Report on vaccination for the Province of Oudh 1871 -
Year: 1871
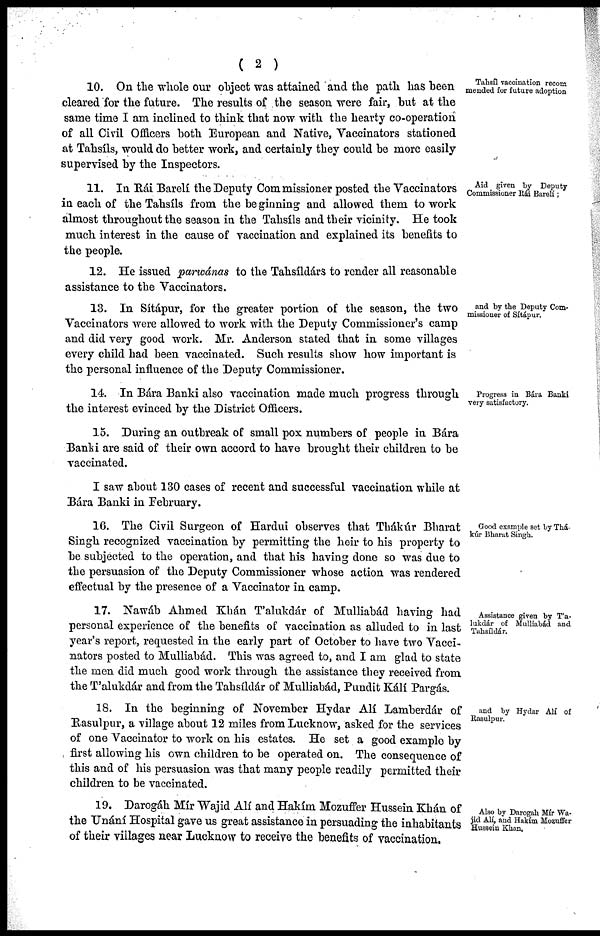
( 2 )
Talisíl vaccination recom
mended for future adoption
10. On the whole our object was attained and the path has been
cleared for the future. The results of the season were fair, but at the
same time I am inclined to think that now with the hearty co-operation
of all Civil Officers both European and Native, Vaccinators stationed
at Tahsíls, would do better work, and certainly they could be more easily
supervised by the Inspectors.
Aid given by Deputy
Commissioner Rái Barelí;
11. In Rái Barelí the Deputy Commissioner posted the Vaccinators
in each of the Tahsíls from the beginning and allowed them to work
almost throughout the season in the Tahsíls and their vicinity. He took
much interest in the cause of vaccination and explained its benefits to
the people.
12. He issued parwánas to the Tahsíldárs to render all reasonable
assistance to the Vaccinators.
and by the Deputy Com-
missioner of Sítápur.
13. In Sítápur, for the greater portion of the season, the two
Vaccinators were allowed to work with the Deputy Commissioner's camp
and did very good work. Mr. Anderson stated that in some villages
every child had been vaccinated. Such results show how important is
the personal influence of the Deputy Commissioner.
Progress in Bára Banki
very satisfactory.
14. In Bára Banki also vaccination made much progress through
the interest evinced by the District Officers.
15. During an outbreak of small pox numbers of people in Bára
Banki are said of their own accord to have brought their children to be
vaccinated.
I saw about 130 cases of recent and successful vaccination while at
Bára Banki in February.
Good example set by Thá¬
kúr Bharat Singh.
16. The Civil Surgeon of Hardui observes that Thákúr Bharat
Singh recognized vaccination by permitting the heir to his property to
be subjected to the operation, and that his having done so was due to
the persuasion of the Deputy Commissioner whose action was rendered
effectual by the presence of a Vaccinator in camp.
Assistance given by T'a¬
lukdár of Mulliabád and
Tahsíldár.
17. Nawáb Ahmed Khán T'alukdár of Mulliabád having had
personal experience of the benefits of vaccination as alluded to in last
year's report, requested in the early part of October to have two Vacci-
nators posted to Mulliabád. This was agreed to, and I am glad to state
the men did much good work through the assistance they received from
the T'alukdár and from the Tahsíldár of Mulliabád, Pundit Kálí Pargás.
and by Hydar Ali of
Rasulpur.
18. In the beginning of November Hydar Alí Lamberdár of
Rasulpur, a village about 12 miles from Lucknow, asked for the services
of one Vaccinator to work on his estates. He set a good example by
first allowing his own children to be operated on. The consequence of
this and of his persuasion was that many people readily permitted their
children to be vaccinated.
Also by Darogah Mír Wa¬
jid Alí, and Hakím Mozuffer
Hussein Khan.
19. Darogáh Mír Wajid Alí and Hakím Mozuffer Hussein Khán of
the Unání Hospital gave us great assistance in persuading the inhabitants
of their villages near Lucknow to receive the benefits of vaccination.